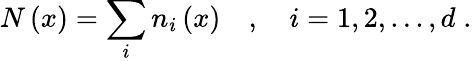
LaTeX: N\left(x\right)=\sum_{i}n_{i}\left(x\right)\quad,\quad i=1,2,...,d\; .